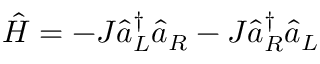
\begin{array} { r } { \hat { H } = - J { \hat { a } _ { L } } ^ { \dagger } \hat { a } _ { R } - J { \hat { a } _ { R } } ^ { \dagger } { \hat { a } _ { L } } } \end{array}